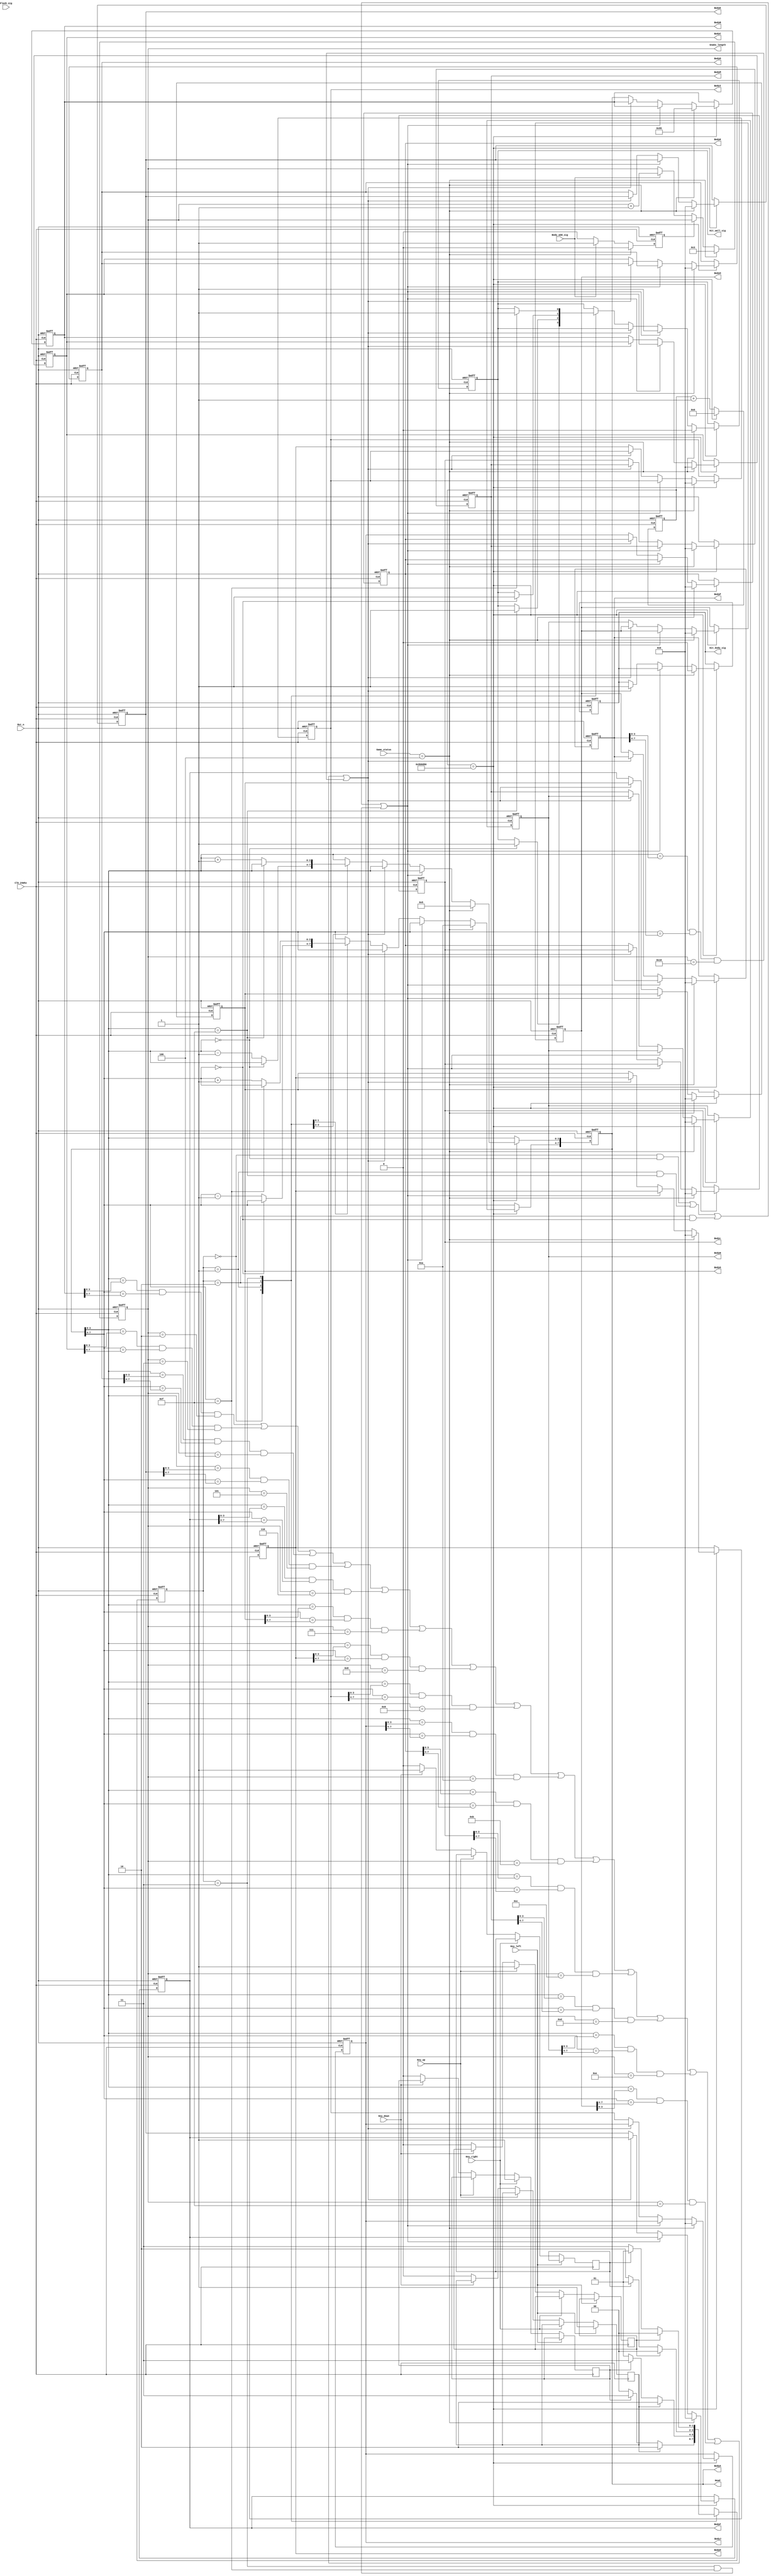
module Snake_ctrl_module//
(
	input Clk_24mhz,//24M
	input Rst_n,//	
	input Key_left,//
	input Key_right,//
	input Key_up,//
	input Key_down,//
	output [7:0] Head,	//
	input Body_add_sig,//
	input [2:0] Game_status,//3START001PLAY010END100
	output reg Hit_body_sig,//
	output reg Hit_wall_sig,//
	input Flash_sig,//
	output reg [7:0] BodyA,//4X4Y
	output reg [7:0] BodyB,
	output reg [7:0] BodyC,
	output reg [7:0] BodyD,
	output reg [7:0] BodyE,
	output reg [7:0] BodyF,
	output reg [7:0] BodyG,
	output reg [7:0] BodyH,
	output reg [7:0] BodyI,
	output reg [7:0] BodyJ,
	output reg [7:0] BodyK,
	output reg [7:0] BodyL,
	output reg [7:0] BodyM,
	output reg [7:0] BodyN,
	output reg [7:0] BodyO,
	output reg [7:0] BodyP,
	output reg [7:0] Snake_length
);
/***************************************************************************/
	localparam Up = 2'b00;
	localparam Down = 2'b01;
	localparam Left = 2'b10;
	localparam Right = 2'b11;
	localparam NONE = 2'b00;
	localparam HEAD = 2'b01;
	localparam BODY = 2'b10;
	localparam WALL = 2'b11;
	parameter   END = 3'b100;
/***************************************************************************/

	reg [31:0] Count;//32
	wire [1:0] Direct;
	reg [1:0] Direct_r;//
	reg [1:0] Direct_next;//
	assign Direct = Direct_r;
	reg Direct_left;//
	reg Direct_right;//
	reg Direct_up;//
	reg Direct_down;//
	assign Head = BodyA;//BodyA
	
/***************************************************************************/
	always @ (posedge Clk_24mhz or negedge Rst_n)
	begin
		if(!Rst_n)
			Direct_r <= Right;//
		else
			Direct_r <= Direct_next;
	end
/***************************************************************************/
	
	always @ (posedge Clk_24mhz or negedge Rst_n)
	begin
		if(!Rst_n)
		begin
			Count <= 32'd0;
			//XY
			BodyA <= {4'd10,4'd5};
			BodyB <= {4'd9,4'd5};
			BodyC <= {4'd8,4'd5};
			//016
			BodyC <= {4'd0,4'd0};
			BodyD <= {4'd0,4'd0};
			BodyE <= {4'd0,4'd0};
			BodyF <= {4'd0,4'd0};
			BodyG <= {4'd0,4'd0};
			BodyH <= {4'd0,4'd0};
			BodyI <= {4'd0,4'd0};
			BodyJ <= {4'd0,4'd0};
			BodyK <= {4'd0,4'd0};
			BodyL <= {4'd0,4'd0};
			BodyM <= {4'd0,4'd0};
			BodyN <= {4'd0,4'd0};
			BodyO <= {4'd0,4'd0};
			BodyP <= {4'd0,4'd0};

			Hit_wall_sig <= 1'd0;
			Hit_body_sig <= 1'd0;
		end
		else	if(Count == 32'd6_000_000) //0.02us*12'500'000 = 0.25s
				begin
					Count <= 32'd0;
		//************************************************			
					if(Game_status == END)
					begin
						BodyA <= {4'd10,4'd5};
						BodyB <= {4'd9,4'd5};
						BodyC <= {4'd8,4'd5};
						//016
						BodyC <= {4'd0,4'd0};
						BodyD <= {4'd0,4'd0};
						BodyE <= {4'd0,4'd0};
						BodyF <= {4'd0,4'd0};
						BodyG <= {4'd0,4'd0};
						BodyH <= {4'd0,4'd0};
						BodyI <= {4'd0,4'd0};
						BodyJ <= {4'd0,4'd0};
						BodyK <= {4'd0,4'd0};
						BodyL <= {4'd0,4'd0};
						BodyM <= {4'd0,4'd0};
						BodyN <= {4'd0,4'd0};
						BodyO <= {4'd0,4'd0};
						BodyP <= {4'd0,4'd0};
						Hit_wall_sig <= 1'd0;
						Hit_body_sig <= 1'd0;
					end
					else
					begin//Y = 0Y = 15X = 0X = 15
						if(((Direct == Up) && (BodyA[3:0] == 4'd0)) | 
							((Direct == Down) && (BodyA[3:0] == 4'd15)) | 
							((Direct == Left) && (BodyA[7:4] == 4'd0)) | 
							((Direct == Right) && (BodyA[7:4] == 4'd15)))

							Hit_wall_sig <= 1'd1; //directly hit the wall
						else if(((BodyA[3:0] == BodyB[3:0]) && (BodyA[7:4] == BodyB[7:4]) && (Snake_length == 8'd2)) | 
								((BodyA[3:0] == BodyC[3:0]) && (BodyA[7:4] == BodyC[7:4]) && (Snake_length == 8'd3)) | 
								((BodyA[3:0] == BodyD[3:0]) && (BodyA[7:4] == BodyD[7:4]) && (Snake_length == 8'd4)) | 
								((BodyA[3:0] == BodyE[3:0]) && (BodyA[7:4] == BodyE[7:4]) && (Snake_length == 8'd5)) | 
								((BodyA[3:0] == BodyF[3:0]) && (BodyA[7:4] == BodyF[7:4]) && (Snake_length == 8'd6)) | 
								((BodyA[3:0] == BodyG[3:0]) && (BodyA[7:4] == BodyG[7:4]) && (Snake_length == 8'd7)) | 
								((BodyA[3:0] == BodyH[3:0]) && (BodyA[7:4] == BodyH[7:4]) && (Snake_length == 8'd8)) | 
								((BodyA[3:0] == BodyI[3:0]) && (BodyA[7:4] == BodyI[7:4]) && (Snake_length == 8'd9)) | 
								((BodyA[3:0] == BodyJ[3:0]) && (BodyA[7:4] == BodyJ[7:4]) && (Snake_length == 8'd10)) | 
								((BodyA[3:0] == BodyK[3:0]) && (BodyA[7:4] == BodyK[7:4]) && (Snake_length == 8'd11)) | 
								((BodyA[3:0] == BodyL[3:0]) && (BodyA[7:4] == BodyL[7:4]) && (Snake_length == 8'd12)) | 
								((BodyA[3:0] == BodyM[3:0]) && (BodyA[7:4] == BodyM[7:4]) && (Snake_length == 8'd13)) | 
								((BodyA[3:0] == BodyN[3:0]) && (BodyA[7:4] == BodyN[7:4]) && (Snake_length == 8'd14)) | 
								((BodyA[3:0] == BodyO[3:0]) && (BodyA[7:4] == BodyO[7:4]) && (Snake_length == 8'd15)) | 
								((BodyA[3:0] == BodyP[3:0]) && (BodyA[7:4] == BodyP[7:4]) && (Snake_length == 8'd16)))
								
								Hit_body_sig <= 1'd1;//Y=YX=X=
						else
						begin//
							BodyB <= BodyA;
							BodyC <= BodyB;
							BodyD <= BodyC;
							BodyE <= BodyD;
							BodyF <= BodyE;
							BodyG <= BodyF;
							BodyH <= BodyG;
							BodyI <= BodyH;
							BodyJ <= BodyI;
							BodyK <= BodyJ;
							BodyL <= BodyK;
							BodyM <= BodyL;
							BodyN <= BodyM;
							BodyO <= BodyN;
							BodyP <= BodyO;
						
							case(Direct)//, 							
								Up:
									begin
									if(BodyA[3:0] == 4'd0)//1
											Hit_wall_sig <= 1'd1;
										else
											BodyA[3:0] <= BodyA[3:0] - 4'd1;// - 10Y - 1
									end
								Down:
									begin
										if(BodyA[3:0] == 4'd15)
											Hit_wall_sig <= 1'd1;
										else
											BodyA[3:0] <= BodyA[3:0] + 4'd1;
									end
								Left:
									begin
										if(BodyA[7:4] == 4'd0)
											Hit_wall_sig <= 1'd1;
										else
											BodyA[7:4] <= BodyA[7:4] - 4'd1;// + 10X - 1	
									end
								
								Right:
									begin
										if(BodyA[7:4] == 4'd15)
											Hit_wall_sig <= 1'd1;
										else
											BodyA[7:4] <= BodyA[7:4] + 4'd1;
									end
							endcase																	
						end					
					end
			end 
		else
			Count <= Count + 32'd1;//0.251
	end	
/***************************************************************************/
	always @ (posedge Clk_24mhz)//
	begin
		if(Key_left == 1'd1)
				Direct_left <= 1'd1;//
		else if(Key_right == 1'd1)
				Direct_right <= 1'd1;
		else if(Key_up == 1'd1)
				Direct_up <= 1'd1;
		else if(Key_down == 1'd1)
				Direct_down <= 1'd1;			
		else 
		begin
			Direct_left <= 1'd0;
			Direct_right <= 1'd0;
			Direct_up <= 1'd0;
			Direct_down <= 1'd0;
		end
	end
	/***************************************************************************/
	
	always @ (*)//
	begin   //
		Direct_next = Right;//
		case(Direct)
			Up://Direct_nextDirect_nextDirect_rDirect
				begin
					if(Direct_left)
						Direct_next = Left;
					else if(Direct_right)
						Direct_next = Right;
					else
						Direct_next = Up;
				end
			Down:
				begin
					if(Direct_left)
						Direct_next = Left;
					else if(Direct_right)
						Direct_next = Right;
					else
						Direct_next = Down;
				end		
			Left:
				begin
					if(Direct_up)
						Direct_next = Up;
					else if(Direct_down)
						Direct_next = Down;
					else
						Direct_next = Left;
				end
			Right:
				begin
					if(Direct_up)
						Direct_next = Up;
					else if(Direct_down)
						Direct_next = Down;
					else
						Direct_next = Right;
				end		
		endcase
	end

/***************************************************************************/
	reg Eaten_sig;//
	
	always @ (posedge Clk_24mhz or negedge Rst_n)//Body_add_sig == 1
	begin
		if(!Rst_n)
		begin
			Snake_length <= 8'd3;//01113
			Eaten_sig <= 1'd0;//3Snake_light_sig = 0000_0000_0111
		end		
		else if(Game_status == END)
				begin
					Snake_length <= 8'd3;
					Eaten_sig <= 1'd0;
				end 
		else				
		begin//
			case(Eaten_sig)
				1'd0	:
					begin
						if(Body_add_sig)
						begin
							Snake_length <= Snake_length + 8'd1;
							Eaten_sig <= 1'd1;//
						end
						else
							Snake_length <= Snake_length;
					end
				1'd1	:
					begin
						if(!Body_add_sig)//0
							Eaten_sig <= 0;
						else
							Eaten_sig <= Eaten_sig;
					end
			endcase
		end
	end
endmodule